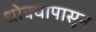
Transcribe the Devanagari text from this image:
धोक्यापासून